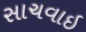
સાચવાઇ